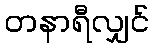
တနာရီလျှင်